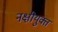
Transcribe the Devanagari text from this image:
नक्षीयुक्त